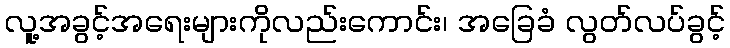
လူ့အခွင့်အရေးများကိုလည်းကောင်း၊ အခြေခံ လွတ်လပ်ခွင့်